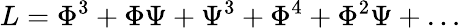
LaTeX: L=\Phi^{3}+\Phi\Psi+\Psi^{3}+\Phi^{4}+\Phi^{2}\Psi+\dots